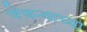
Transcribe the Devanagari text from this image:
चेचन्याच्या